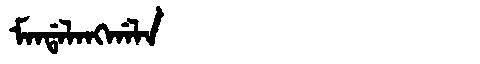
Manchu: ᠮᠠᠨᡩᠠᠯᠠᠩᡤᠠᠯᠠ
Romanization: MANDALANGGALA